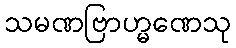
သမဏဗြာဟ္မဏေသု